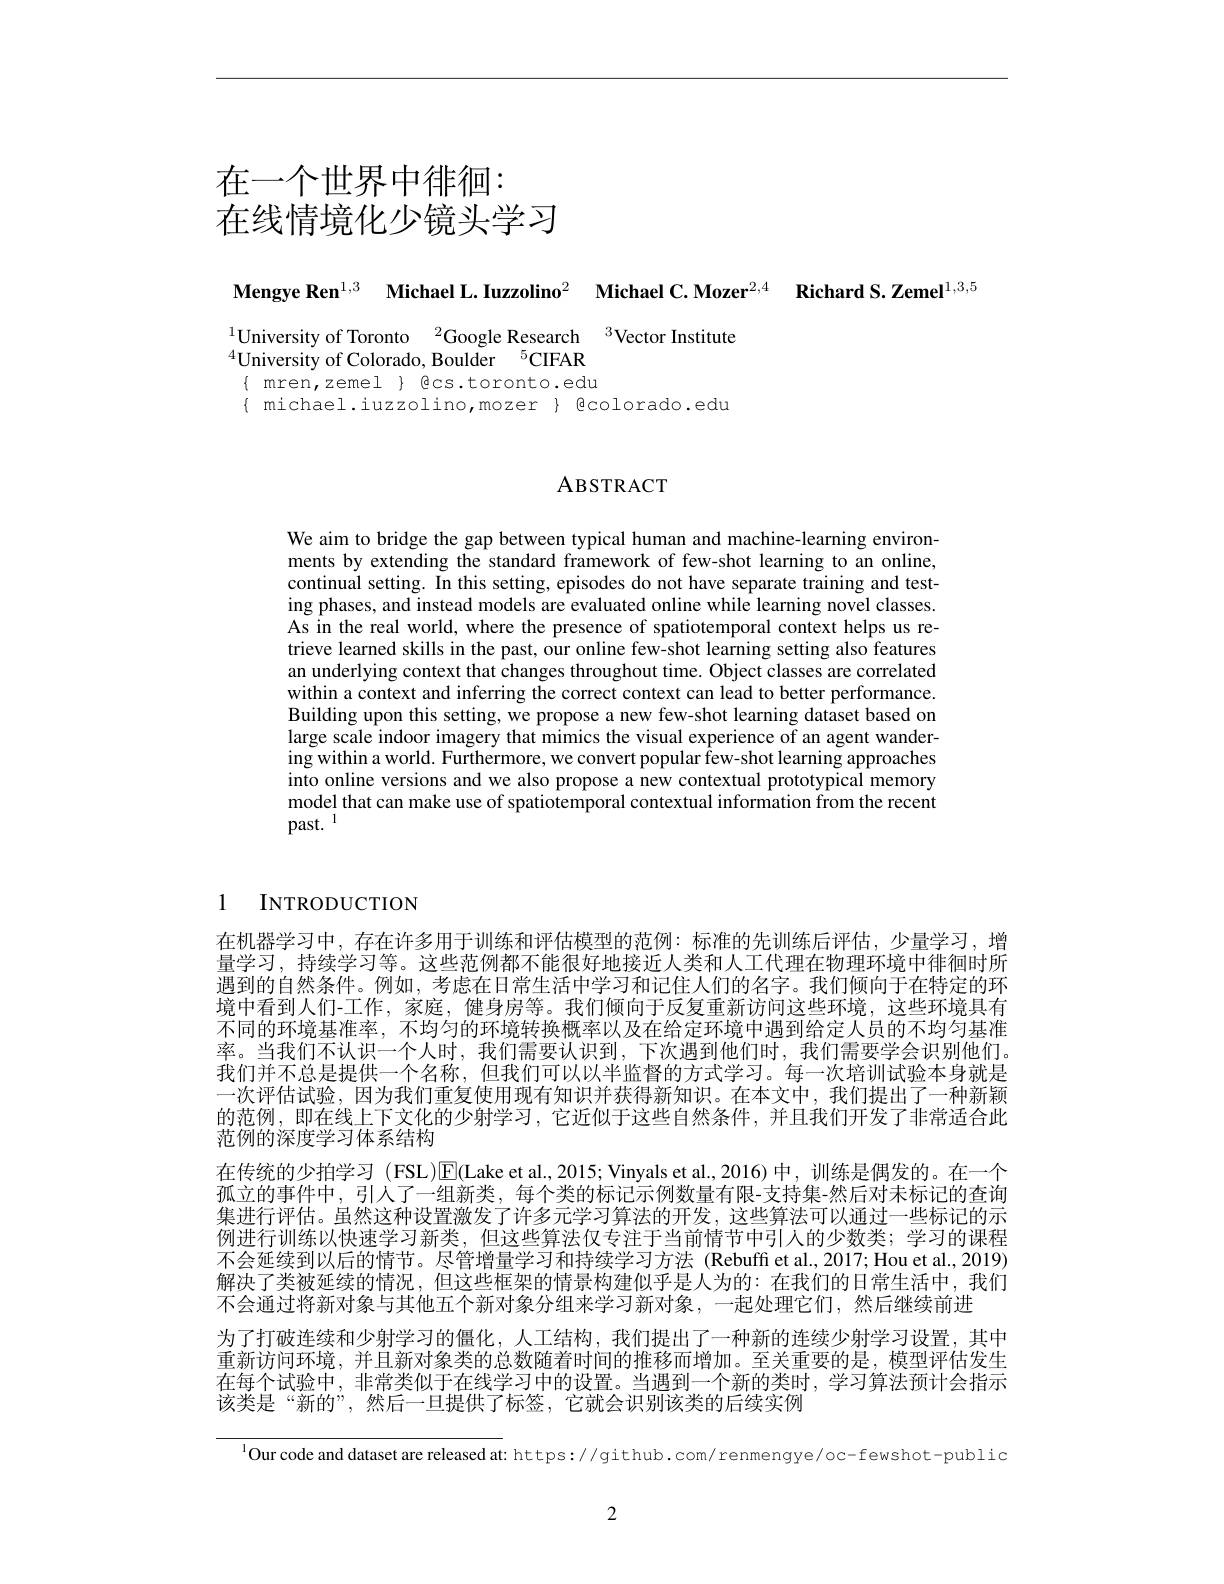
# 在一个世界中徘徊： 在线情境化少镜头学习

Mengye Ren$^{1,3}$ Michael L.Iuzzolino$^2$ Michael C.Mozer$^{2,4}\textbf{ Richard S.Zemel}^{1,3,5}$

University of Toronto $^{2}$Google Research$^{3}$Vector Institute
$^{4}$University of Colorado, Boulder$\:^5$CIFAR $\{$ mren, zemel $\}$ gcs.toronto.edu $\{ michael.iuzzolino,mozer \} Bcolorado.edu$

ABSTRACT

We aim to bridge the gap between typical human and machine-learning environments by extending the standard framework of few-shot learning to an online, continual setting. In this setting, episodes do not have separate training and testing phases, and instead models are evaluated online while learning novel classes. As in the real world, where the presence of spatiotemporal context helps us retrieve learned skills in the past, our online few-shot learning setting also features an underlying context that changes throughout time. Object classes are correlated within a context and inferring the correct context can lead to better performance. Building upon this setting, we propose a new few-shot learning dataset based on large scale indoor imagery that mimics the visual experience of an agent wandering within a world. Furthermore, we convert popular few-shot learning approaches into online versions and we also propose a new contextual prototypical memory model that can make use of spatiotemporal contextual information from the recent past.$^{\mathrm{l}}$

1 INTRODUCTION

在机器学习中，存在许多用于训练和评估模型的范例：标准的先训练后评估，少量学习，增量学习，持续学习等。这些范例都不能很好地接近人类和人工代理在物理环境中徘徊时所遇到的自然条件。例如，考虑在日常生活中学习和记住人们的名字。我们倾向于在特定的环境中看到人们-工作，家庭，健身房等。我们倾向于反复重新访问这些环境，这些环境具有不同的环境基准率，不均匀的环境转换概率以及在给定环境中遇到给定人员的不均匀基准率。当我们不认识一个人时，我们需要认识到，下次遇到他们时，我们需要学会识别他们。我们并不总是提供一个名称，但我们可以以半监督的方式学习。每一次培训试验本身就是一次评估试验，因为我们重复使用现有知识并获得新知识。在本文中，我们提出了一种新颖的范例，即在线上下文化的少射学习，它近似于这些自然条件，并且我们开发了非常适合此范例的深度学习体系结构
在传统的少拍学习 (FSL)E(Lake et al.,2015; Vinyals et al.,2016)中，训练是偶发的。在一个孤立的事件中，引人了一组新类，每个类的标记示例数量有限-支持集-然后对未标记的查询集进行评估。虽然这种设置激发了许多元学习算法的开发，这些算法可以通过一些标记的示例进行训练以快速学习新类，但这些算法仅专注于当前情节中引人的少数类；学习的课程不会延续到以后的情节。尽管增量学习和持续学习方法 (Rebuffiet al.,2017; Hou et al., 2019) 解决了类被延续的情况，但这些框架的情景构建似乎是人为的：在我们的日常生活中，我们不会通过将新对象与其他五个新对象分组来学习新对象，一起处理它们，然后继续前进
为了打破连续和少射学习的僵化，人工结构，我们提出了一种新的连续少射学习设置，其中重新访问环境，并且新对象类的总数随着时间的推移而增加。至关重要的是，模型评估发生在每个试验中，非常类似于在线学习中的设置。当遇到一个新的类时，学习算法预计会指示该类是“新的”,然后一旦提供了标签，它就会识别该类的后续实例

$^{1}$Our code and dataset are released at: https://github.com/renmengye/oc-fewshot-public

2